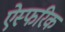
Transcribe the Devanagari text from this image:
ऐस्फरिक